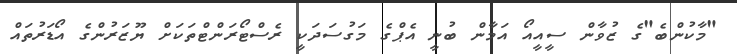
"މާކުންބެ"ގެ ޒުވާން ސީއީއޯ އަމާން ބުނީ އެޕްގެ މަގުސަދަކީ ރެސްޓޯރަންޓްތަކަށް ޔޫޒަރުންގެ އޯޑަރުތައް